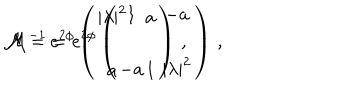
LaTeX: { \cal M } = e ^ { 2 \phi } \left( \begin{array} { c c } { { | \lambda | ^ { 2 } } } & { { a } } \\ { { } } & { { } } \\ { { a } } & { { 1 } } \\ \end{array} \right) \, , \hspace { 1 c m } { \cal M } ^ { - 1 } = e ^ { 2 \phi } \left( \begin{array} { c c } { { 1 } } & { { - a } } \\ { { } } & { { } } \\ { { - a } } & { { | \lambda | ^ { 2 } } } \\ \end{array} \right) \, ,